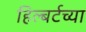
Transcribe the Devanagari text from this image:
हिल्बर्टच्या